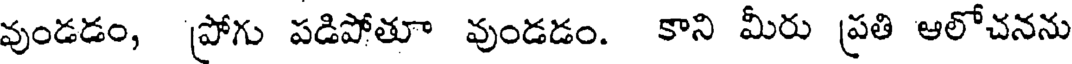
వుండడం, ప్రోగు పడిపోతూ వుండడం. కాని మీరు ప్రతి ఆలోచనను